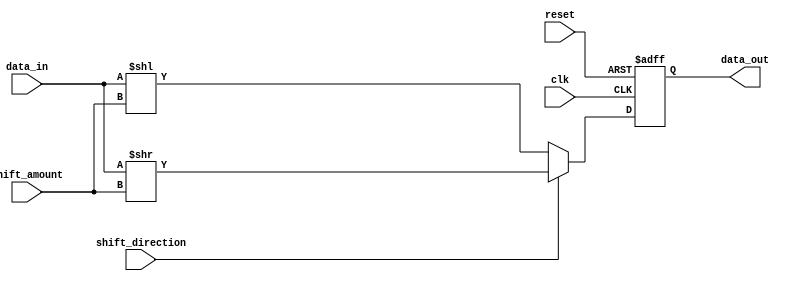
module Barrel_Shifter (
    input wire clk,
    input wire reset,
    input wire [7:0] data_in,
    input wire [1:0] shift_amount,
    input wire shift_direction,
    output reg [7:0] data_out
);

always @(posedge clk or posedge reset) begin
    if (reset) begin
        data_out <= 8'b0;
    end else begin
        if (shift_direction == 1'b0) begin
            data_out <= data_in << shift_amount;
        end else begin
            data_out <= data_in >> shift_amount;
        end
    end
end

endmodule